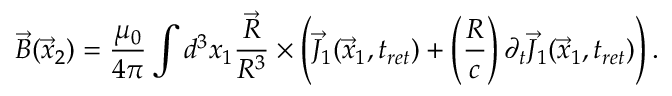
\vec { B } ( \vec { x } _ { 2 } ) = \frac { \mu _ { 0 } } { 4 \pi } \int d ^ { 3 } x _ { 1 } \frac { \vec { R } } { R ^ { 3 } } \times \left( \vec { J } _ { 1 } ( \vec { x } _ { 1 } , t _ { r e t } ) + \left( \frac { R } { c } \right) \partial _ { t } \vec { J } _ { 1 } ( \vec { x } _ { 1 } , t _ { r e t } ) \right) .